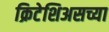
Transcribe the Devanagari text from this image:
क्रिटेशिअसच्या